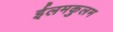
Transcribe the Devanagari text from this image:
ईलमकुलम